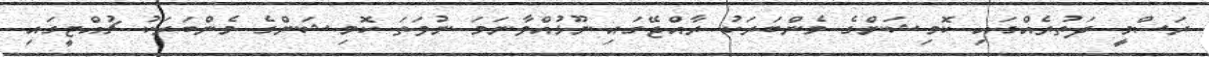
ރަސްމީ ދަތުރެއްގައި ކޮމިޝަންގެ މެންބަރަކު ރާއްޖޭގައި ނޫޅުއްވާނަމަ ނުވަތަ ކޮމިޝަންގެ މެންބަރަކު ޗުއްޓީގައި